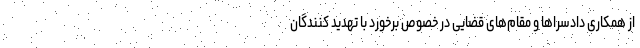
از همکاری دادسرا‌ها و مقام‌های قضایی در خصوص برخورد با تهدید کنندگان